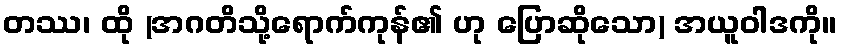
တဿ၊ ထို (အဂတိသို့ရောက်ကုန်၏ ဟု ပြောဆိုသော) အယူဝါဒကို။